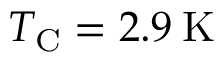
T _ { \mathrm { C } } = 2 . 9 \: \mathrm { K }